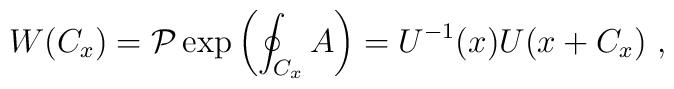
W(C_{x})={\mathcal{P}}\exp\left(\oint_{C_{x}}A\right)=U^{-1}(x)U(x+C_{x})~,